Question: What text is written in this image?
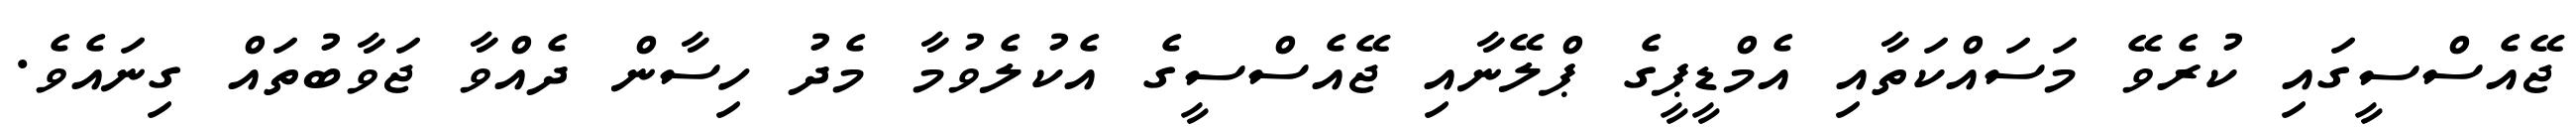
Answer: ޖޭއެސްސީގައި ކުރެވޭ މަސައްކަތާއި އެމްޑީޕީގެ ޕްލޭނާއި ޖޭއެސްސީގެ އެކުލެވުމާ މެދު ހިސާން ދެއްވާ ޖަވާބުތައް ގިނައެވެ.